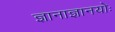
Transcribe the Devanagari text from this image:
ज्ञानाज्ञानयोः